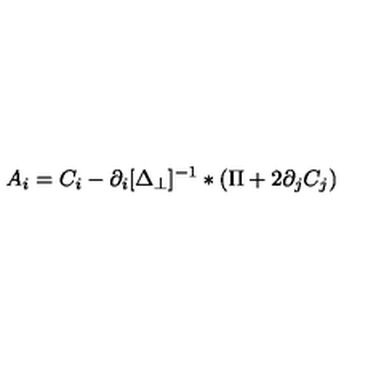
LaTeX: A _ { i } = C _ { i } - { \partial _ { i } } [ \Delta _ { \perp } ] ^ { - 1 } * ( \Pi + 2 \partial _ { j } C _ { j } )